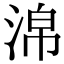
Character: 淿